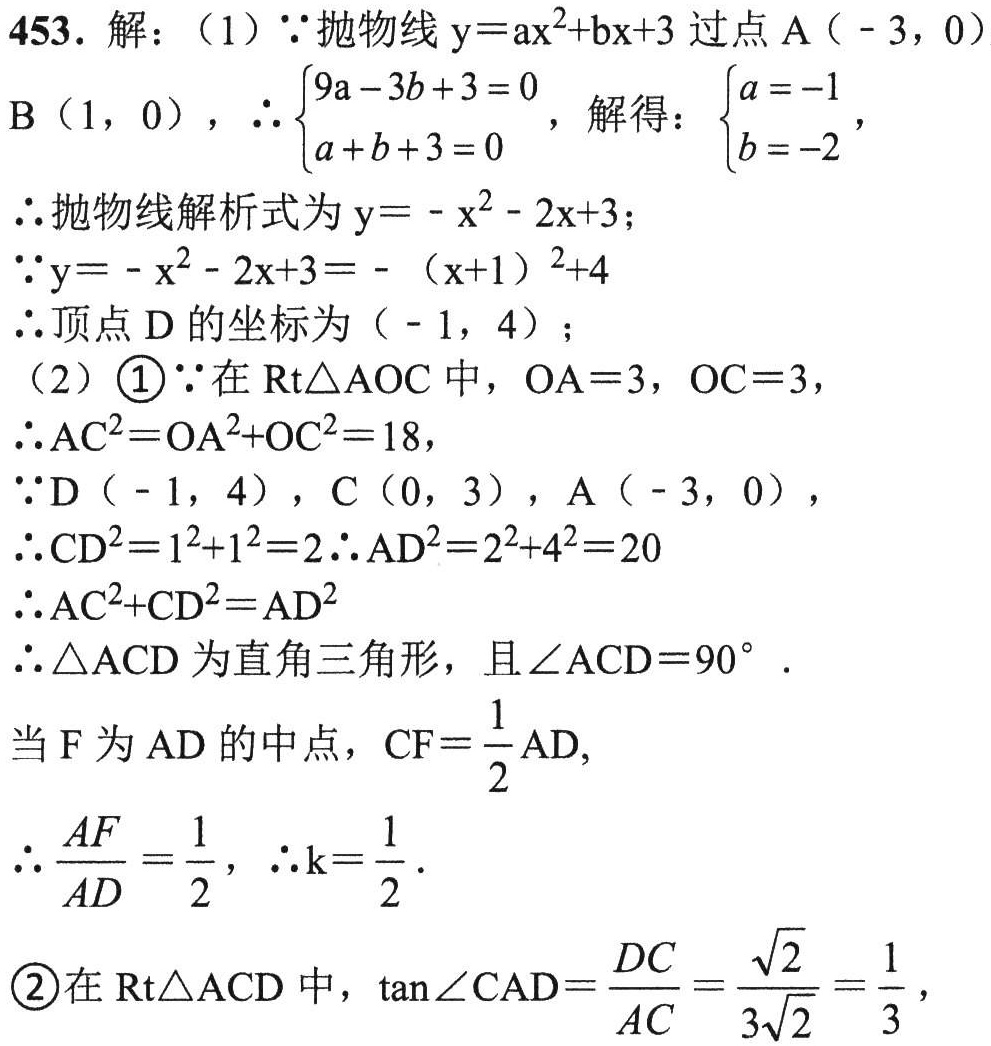
453. 解：
（1）$\because$抛物线$y = ax^{2}+bx + 3$过点$A(-3,0)$，$B(1,0)$，$\therefore\begin{cases}9a - 3b + 3 = 0\\a + b + 3 = 0\end{cases}$，解得：$\begin{cases}a = -1\\b = -2\end{cases}$，
$\therefore$抛物线解析式为$y=-x^{2}-2x + 3$；
$\because y=-x^{2}-2x + 3=-(x + 1)^{2}+4$
$\therefore$顶点$D$的坐标为$(-1,4)$；
（2）\textcircled{1}$\because$在$\text{Rt}\triangle AOC$中，$OA = 3$，$OC = 3$，
$\therefore AC^{2}=OA^{2}+OC^{2}=18$，
$\because D(-1,4)$，$C(0,3)$，$A(-3,0)$，
$\therefore CD^{2}=1^{2}+1^{2}=2$，$\therefore AD^{2}=2^{2}+4^{2}=20$
$\therefore AC^{2}+CD^{2}=AD^{2}$
$\therefore\triangle ACD$为直角三角形，且$\angle ACD = 90^{\circ}$.
当$F$为$AD$的中点，$CF=\frac{1}{2}AD$，
$\therefore\frac{AF}{AD}=\frac{1}{2}$，$\therefore k=\frac{1}{2}$.
\textcircled{2}在$\text{Rt}\triangle ACD$中，$\tan\angle CAD=\frac{DC}{AC}=\frac{\sqrt{2}}{3\sqrt{2}}=\frac{1}{3}$，